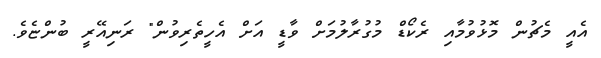
އެއީ މެޗުން މޮޅުވުމާއި ރެކޯޑް މުގުރާލުމަށް ވާޑީ އަށް އެހީތެރިވުން" ރަނިއޭރީ ބުންޏެވެ.